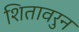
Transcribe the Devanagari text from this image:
शितावरुन